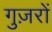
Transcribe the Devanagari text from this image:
गुज़रों